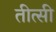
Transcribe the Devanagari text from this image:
तीत्सी